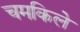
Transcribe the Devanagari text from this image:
चमकिले